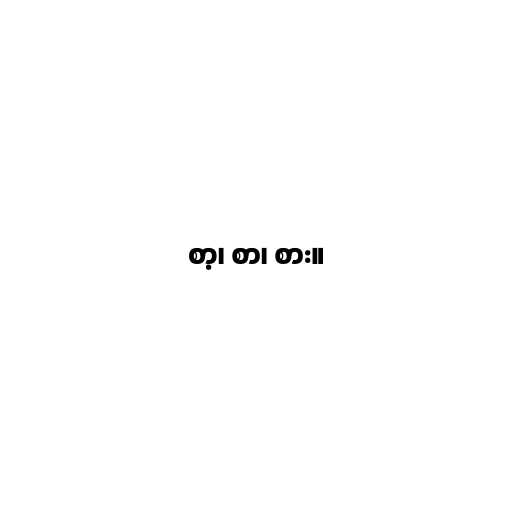
စာ့၊ စာ၊ စား။